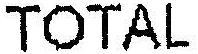
TOTAL